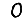
Digit: 0